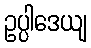
ဥပ္ပါဒေယျ